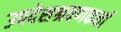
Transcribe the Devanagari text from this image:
उपदेशश्रवणकर्ता